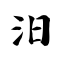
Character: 汨